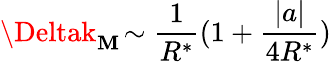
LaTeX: \Deltak_{\mathbf{M}}\! \sim\frac{{1}}{{R^{*}}}(1+\frac{{|a|}}{{4R^{*}}})